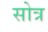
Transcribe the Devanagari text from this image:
सोत्र